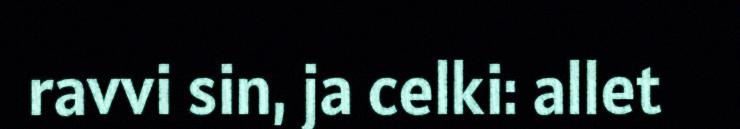
ravvi sin, ja celki: allet